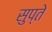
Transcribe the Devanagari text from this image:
सुप्ते